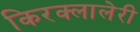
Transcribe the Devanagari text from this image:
किरक्लालेरी